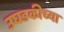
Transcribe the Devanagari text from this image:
उघडकीच्या